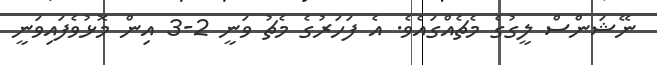
ނޭޝަންސް ލީގުގެ މެޗެއްގައެވެ. އެ ފަހަރުގެ މެޗު ވަނީ 2-3 އިން މޮޅުވެފައިވަނީ